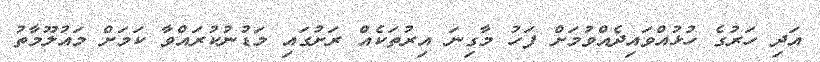
އަދި ހަރުގެ ހުޅުއްވައިދެއްވުމަށް ފަހު މާގިނަ އިރުތަކެއް ރަށުގައި މަޑުނުކުރައްވާ ކަމަށް މައުލޫމާތު